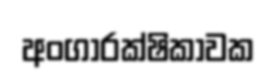
අංගාරක්ෂිකාවක